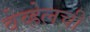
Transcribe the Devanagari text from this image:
वेव्हेलची